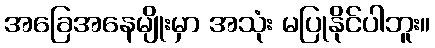
အခြေအနေမျိုးမှာ အသုံး မပြုနိုင်ပါဘူး။